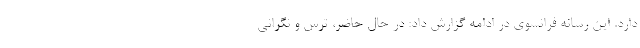
دارد. این رسانه فرانسوی در ادامه گزارش داد: در حال حاضر، ترس و نگرانی